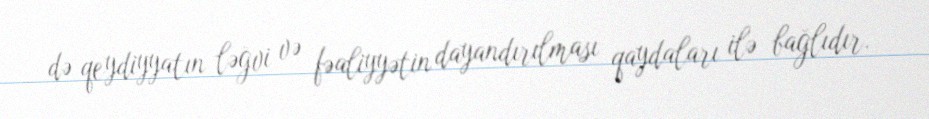
də qeydiyyatın ləğvi və fəaliyyətin dayandırılması qaydaları ilə bağlıdır.